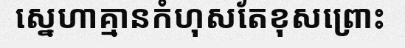
ស្នេហាគ្មានកំហុសតែខុសព្រោះ